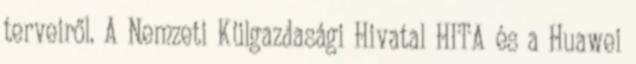
terveiről. A Nemzeti Külgazdasági Hivatal HITA és a Huawei